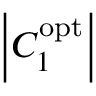
\left| { C _ { 1 } ^ { \mathrm { { o p t } } } } \right|